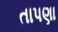
તાપણા